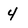
Character: 4